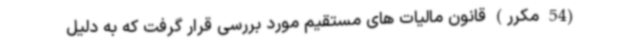
(54 مکرر) قانون مالیات های مستقیم مورد بررسی قرار گرفت که به دلیل